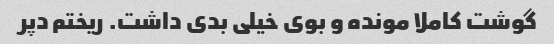
گوشت کاملا مونده و بوی خیلی بدی داشت. ریختم دپر